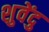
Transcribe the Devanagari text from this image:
शुवेंदु